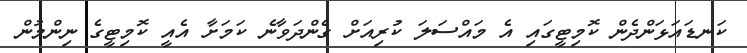
ކަނޑައަޅަންދެން ކޮމިޓީގައި އެ މައްސަލަ ކުރިއަށް ގެންދަވާނެ ކަމަށާ އެއީ ކޮމިޓީގެ ނިންމުން